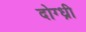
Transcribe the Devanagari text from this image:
दोग्ध्री